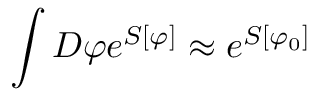
\int D \varphi e ^ { S [ \varphi ] } \approx e ^ { S [ \varphi _ { 0 } ] }